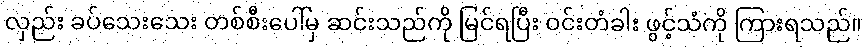
လှည်း ခပ်သေးသေး တစ်စီးပေါ်မှ ဆင်းသည်ကို မြင်ရပြီး ဝင်းတံခါး ဖွင့်သံကို ကြားရသည်။